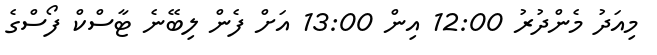
މިއަދު މެންދުރު 12:00 އިން 13:00 އަށް ފެން ލިބޭނެ ޓާސްކް ފޯސްގެ